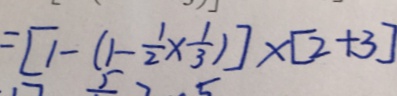
= [ 1 - ( 1 - \frac { 1 } { 2 } \times \frac { 1 } { 3 } ) ] \times [ 2 + 3 ]